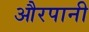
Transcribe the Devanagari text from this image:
औरपानी